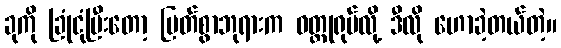
ခုကို ခြုံငုံပြီးတော့ မြတ်စွာဘုရားက ဝတ္ထုရုပ်လို့ ဒီလို ဟောခဲ့တယ်တဲ့။